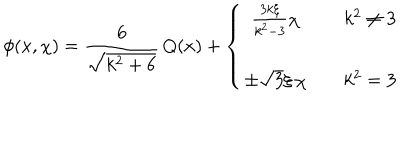
\phi ( x , \chi ) = { \frac { 6 } { \sqrt { k ^ { 2 } + 6 } } } \, Q ( x ) + \left\{ \begin{matrix} { { { \frac { 3 k \xi } { k ^ { 2 } - 3 } } \chi } } & { { } } & { { k ^ { 2 } \neq 3 } } \\ { { } } & { { } } & { { } } \\ { { \pm \sqrt { 3 } \xi \, \chi } } & { { } } & { { k ^ { 2 } = 3 } } \\ \end{matrix} \right.